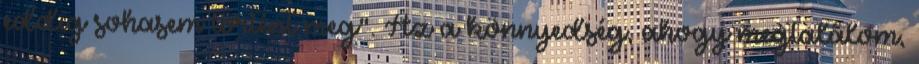
eddig sohasem történt meg". Az a könnyedség, ahogy megtalálom,